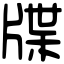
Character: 牒